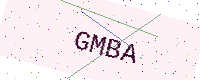
Text: GMBA